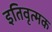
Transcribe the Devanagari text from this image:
इतिवृत्मक